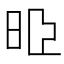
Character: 𣆜